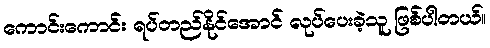
ကောင်းကောင်း ရပ်တည်နိုင်အောင် လုပ်ပေးခဲ့သူ ဖြစ်ပါတယ်။